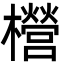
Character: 櫿